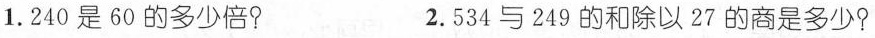
1.240是60的多少倍? 2.534与249的和除以27的商是多少?